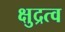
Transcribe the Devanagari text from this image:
क्षुद्रत्व